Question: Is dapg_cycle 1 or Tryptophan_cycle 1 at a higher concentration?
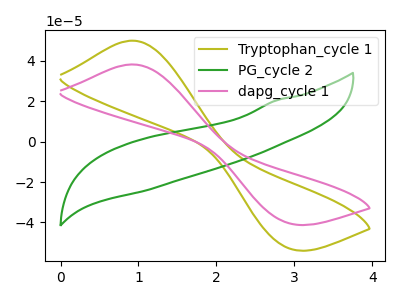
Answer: <think>The olive curve "Tryptophan_cycle 1" has an anodic peak at (0.90V, 50.05uA) and a cathodic peak at (2.90V, -52.70uA). The green curve "PG_cycle 2" has no peaks. The pink curve "dapg_cycle 1" has an anodic peak at (0.90V, 38.25uA) and a cathodic peak at (2.90V, -40.30uA).
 All the peaks in "dapg_cycle 1" have a peak in "Tryptophan_cycle 1" at the same potential. Every peak in "dapg_cycle 1" is lower than every peak in "Tryptophan_cycle 1".</think>
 <answer>"dapg_cycle 1" has less signal than "Tryptophan_cycle 1" and so likely has a lower concentration.</answer>
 <eval>less_concentration</eval>